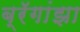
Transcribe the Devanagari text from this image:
ब्रॅगांझा